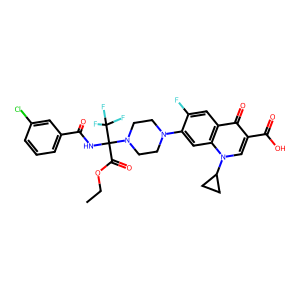
SMILES: CCOC(=O)C(NC(=O)c1cccc(Cl)c1)(N1CCN(c2cc3c(cc2F)c(=O)c(C(=O)O)cn3C2CC2)CC1)C(F)(F)F
Inhibits HIV replication: No